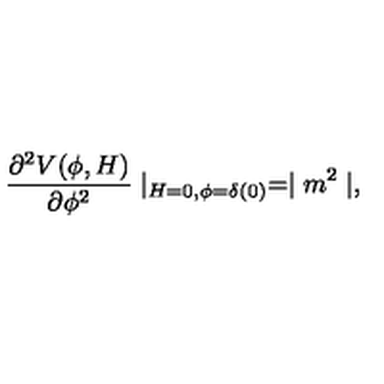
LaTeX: \frac { \partial ^ { 2 } V ( \phi , H ) } { \partial \phi ^ { 2 } } \mid _ { H = 0 , \phi = \delta ( 0 ) } = \mid m ^ { 2 } \mid ,